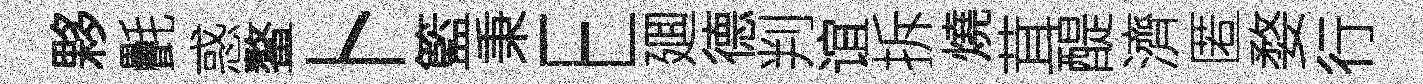
夥㲲惑鳌卜籃秉E廽德判谊拆燒茸醍濟匿婺行